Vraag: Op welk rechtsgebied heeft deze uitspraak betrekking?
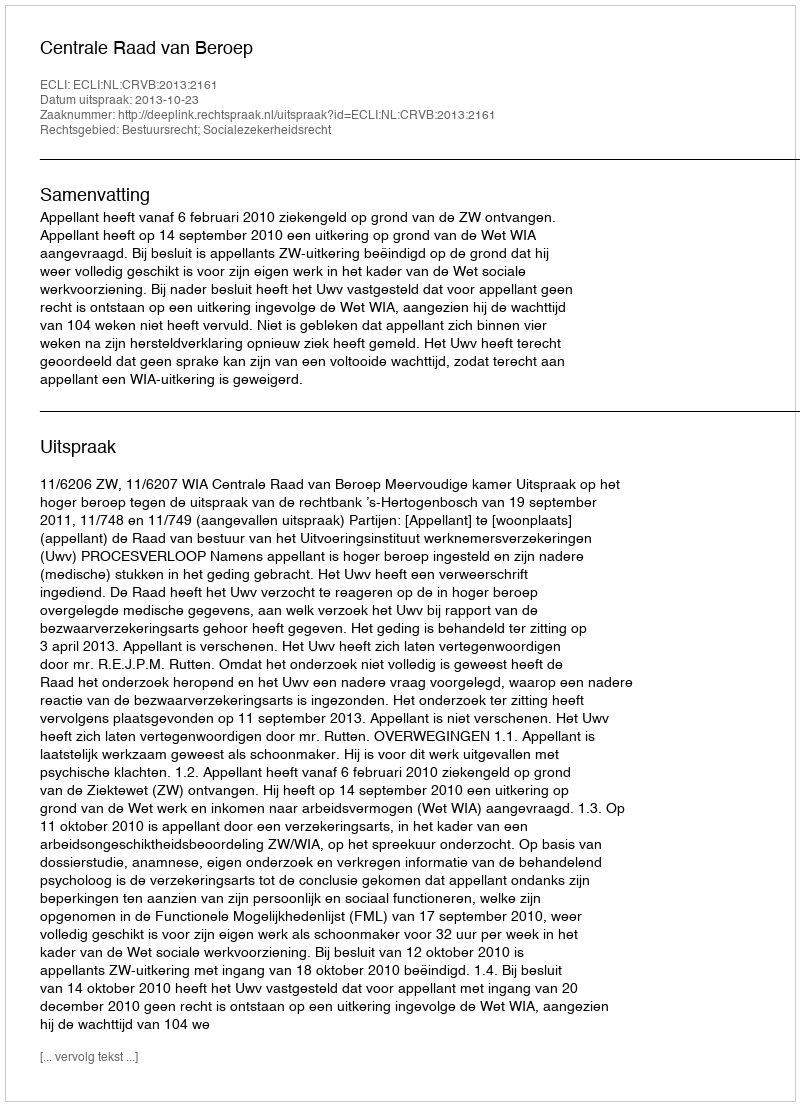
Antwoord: Bestuursrecht; Socialezekerheidsrecht